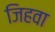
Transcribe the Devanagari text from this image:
जिहवा